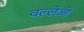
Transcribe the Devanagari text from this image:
वल्लेजो